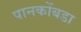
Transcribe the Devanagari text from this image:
पानकोंबडा